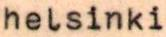
helsinki